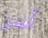
أفضل